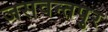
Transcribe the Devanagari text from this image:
जसवन्तपुर